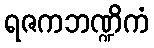
ရဇကဘဏ္ဍိကံ